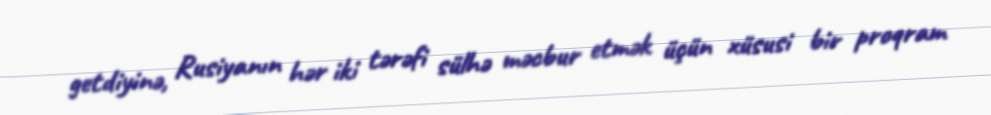
getdiyinə, Rusiyanın hər iki tərəfi sülhə məcbur etmək üçün xüsusi bir proqram